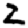
Digit: 2